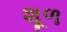
શૂળ